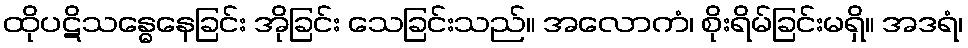
ထိုပဋိသန္ဓေနေခြင်း အိုခြင်း သေခြင်းသည်။ အလောကံ၊ စိုးရိမ်ခြင်းမရှိ။ အဒရံ၊